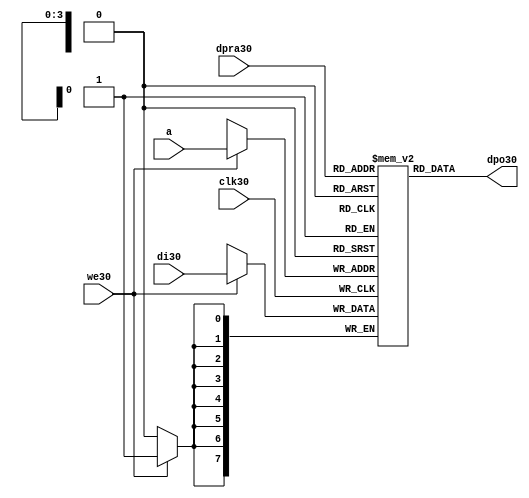
//////////////////////////////////////////////////////////////////////
////                                                              ////
////  raminfr30.v                                                   ////
////                                                              ////
////                                                              ////
////  This30 file is part of the "UART30 16550 compatible30" project30    ////
////  http30://www30.opencores30.org30/cores30/uart1655030/                   ////
////                                                              ////
////  Documentation30 related30 to this project30:                      ////
////  - http30://www30.opencores30.org30/cores30/uart1655030/                 ////
////                                                              ////
////  Projects30 compatibility30:                                     ////
////  - WISHBONE30                                                  ////
////  RS23230 Protocol30                                              ////
////  16550D uart30 (mostly30 supported)                              ////
////                                                              ////
////  Overview30 (main30 Features30):                                   ////
////  Inferrable30 Distributed30 RAM30 for FIFOs30                        ////
////                                                              ////
////  Known30 problems30 (limits30):                                    ////
////  None30                .                                       ////
////                                                              ////
////  To30 Do30:                                                      ////
////  Nothing so far30.                                             ////
////                                                              ////
////  Author30(s):                                                  ////
////      - gorban30@opencores30.org30                                  ////
////      - Jacob30 Gorban30                                          ////
////                                                              ////
////  Created30:        2002/07/22                                  ////
////  Last30 Updated30:   2002/07/22                                  ////
////                  (See log30 for the revision30 history30)          ////
////                                                              ////
////                                                              ////
//////////////////////////////////////////////////////////////////////
////                                                              ////
//// Copyright30 (C) 2000, 2001 Authors30                             ////
////                                                              ////
//// This30 source30 file may be used and distributed30 without         ////
//// restriction30 provided that this copyright30 statement30 is not    ////
//// removed from the file and that any derivative30 work30 contains30  ////
//// the original copyright30 notice30 and the associated disclaimer30. ////
////                                                              ////
//// This30 source30 file is free software30; you can redistribute30 it   ////
//// and/or modify it under the terms30 of the GNU30 Lesser30 General30   ////
//// Public30 License30 as published30 by the Free30 Software30 Foundation30; ////
//// either30 version30 2.1 of the License30, or (at your30 option) any   ////
//// later30 version30.                                               ////
////                                                              ////
//// This30 source30 is distributed30 in the hope30 that it will be       ////
//// useful30, but WITHOUT30 ANY30 WARRANTY30; without even30 the implied30   ////
//// warranty30 of MERCHANTABILITY30 or FITNESS30 FOR30 A PARTICULAR30      ////
//// PURPOSE30.  See the GNU30 Lesser30 General30 Public30 License30 for more ////
//// details30.                                                     ////
////                                                              ////
//// You should have received30 a copy of the GNU30 Lesser30 General30    ////
//// Public30 License30 along30 with this source30; if not, download30 it   ////
//// from http30://www30.opencores30.org30/lgpl30.shtml30                     ////
////                                                              ////
//////////////////////////////////////////////////////////////////////
//
// CVS30 Revision30 History30
//
// $Log: not supported by cvs2svn30 $
// Revision30 1.1  2002/07/22 23:02:23  gorban30
// Bug30 Fixes30:
//  * Possible30 loss of sync and bad30 reception30 of stop bit on slow30 baud30 rates30 fixed30.
//   Problem30 reported30 by Kenny30.Tung30.
//  * Bad (or lack30 of ) loopback30 handling30 fixed30. Reported30 by Cherry30 Withers30.
//
// Improvements30:
//  * Made30 FIFO's as general30 inferrable30 memory where possible30.
//  So30 on FPGA30 they should be inferred30 as RAM30 (Distributed30 RAM30 on Xilinx30).
//  This30 saves30 about30 1/3 of the Slice30 count and reduces30 P&R and synthesis30 times.
//
//  * Added30 optional30 baudrate30 output (baud_o30).
//  This30 is identical30 to BAUDOUT30* signal30 on 16550 chip30.
//  It outputs30 16xbit_clock_rate - the divided30 clock30.
//  It's disabled by default. Define30 UART_HAS_BAUDRATE_OUTPUT30 to use.
//

//Following30 is the Verilog30 code30 for a dual30-port RAM30 with asynchronous30 read. 
module raminfr30   
        (clk30, we30, a, dpra30, di30, dpo30); 

parameter addr_width30 = 4;
parameter data_width30 = 8;
parameter depth = 16;

input clk30;   
input we30;   
input  [addr_width30-1:0] a;   
input  [addr_width30-1:0] dpra30;   
input  [data_width30-1:0] di30;   
//output [data_width30-1:0] spo30;   
output [data_width30-1:0] dpo30;   
reg    [data_width30-1:0] ram30 [depth-1:0]; 

wire [data_width30-1:0] dpo30;
wire  [data_width30-1:0] di30;   
wire  [addr_width30-1:0] a;   
wire  [addr_width30-1:0] dpra30;   
 
  always @(posedge clk30) begin   
    if (we30)   
      ram30[a] <= di30;   
  end   
//  assign spo30 = ram30[a];   
  assign dpo30 = ram30[dpra30];   
endmodule